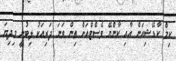
ކިމް ކާޑޭޝިއަން އާއި ކާންޔޭ ވެސްޓްއަށް ތިން ވަނަ ދަރިއަކު ލިބުނީ މިދިޔަ